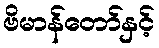
ဗိမာန်တော်နှင့်